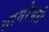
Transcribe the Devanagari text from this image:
तामरेश्वरी